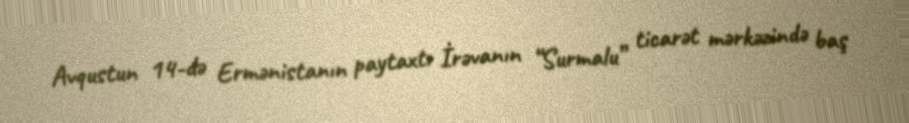
Avqustun 14-də Ermənistanın paytaxtı İrəvanın “Surmalu” ticarət mərkəzində baş